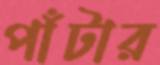
পাঁটার